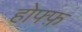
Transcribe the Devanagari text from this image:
होफ्फ़